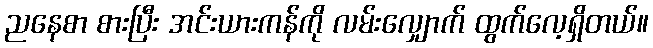
ညနေစာ စားပြီး အင်းယားကန်ကို လမ်းလျှောက် ထွက်လေ့ရှိတယ်။